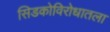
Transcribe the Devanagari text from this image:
सिडकोविरोधातला